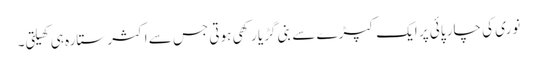
نوری کی چار پائی پر ایک کپڑے سے بنی گڑیا رکھی ہوتی جس سے اکثر ستارہ ہی کھیلتی۔